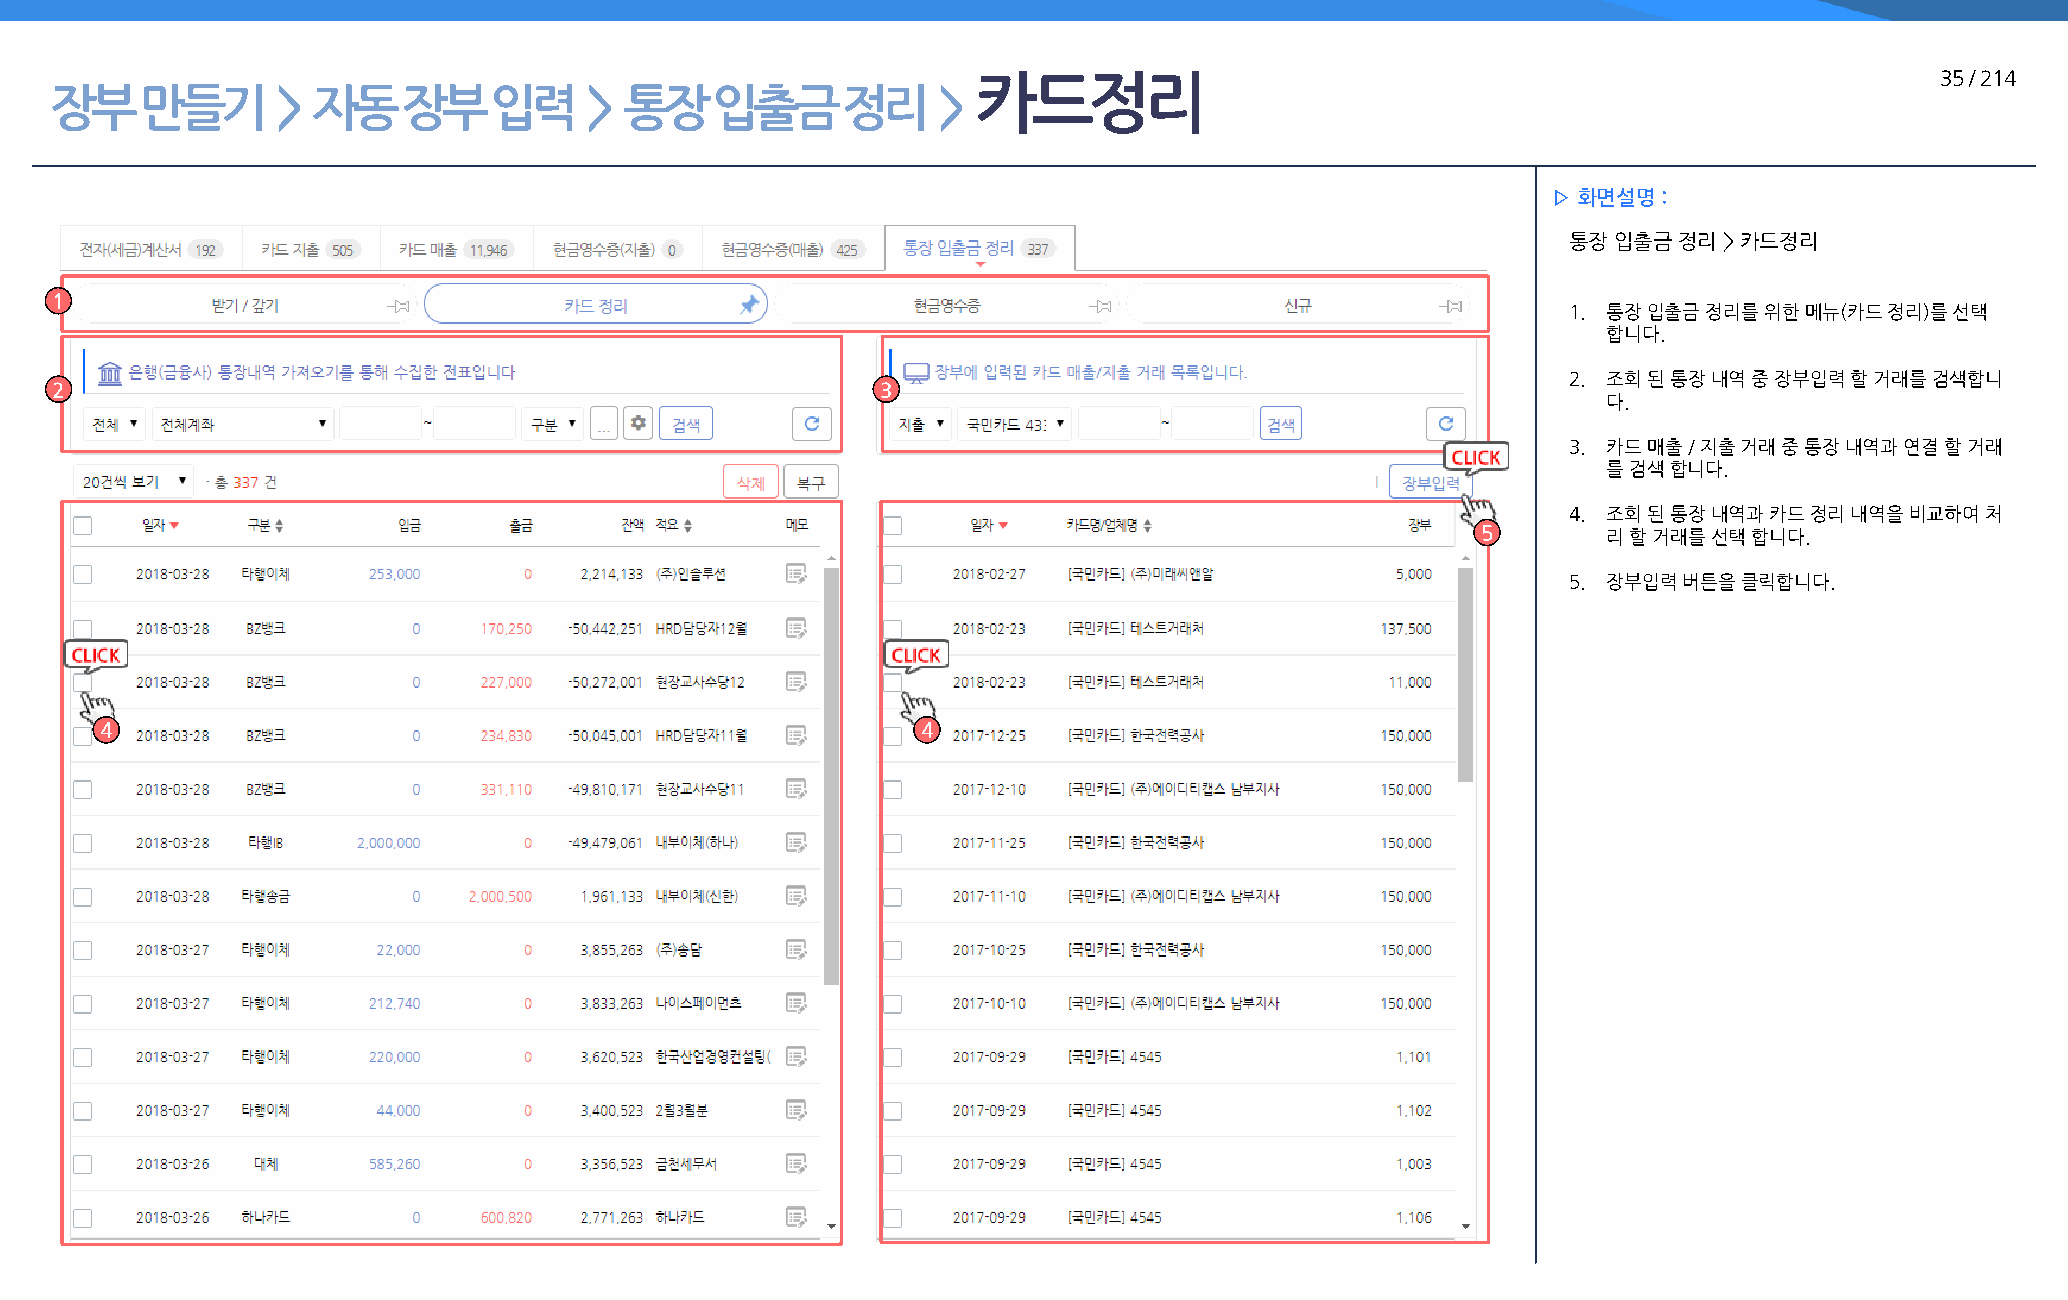
카드정리                                                           35 / 214
 장부    만들기      >  자동    장부   입력     > 통장    입출금      정리    >
 ▷ 화면설명 :
 통장 입출금 정리 > 카드정리
 1
 1. 통장 입출금 정리를 위한 메뉴(카드 정리)를 선택
 합니다.
 2. 조회 된 통장 내역 중 장부입력 할 거래를 검색합니
 2                                                      3
 다.
 3. 카드 매출 / 지출 거래 중 통장 내역과 연결 할 거래
 를 검색 합니다.
 4. 조회 된 통장 내역과 카드 정리 내역을 비교하여 처
 5       리 할 거래를 선택 합니다.
 5. 장부입력 버튼을 클릭합니다.
 4                                                     4